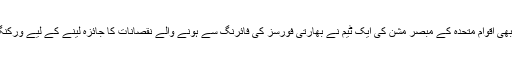
پاکستان کی درخواست پر گزشتہ ماہ بھی اقوام متحدہ کے مبصر مشن کی ایک ٹیم نے بھارتی فورسز کی فائرنگ سے ہونے والے نقصانات کا جائزہ لینے کے لیے ورکنگ باؤنڈری پر دیہات کا دورہ کیا تھا۔